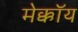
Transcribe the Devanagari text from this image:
मेक्कॉय